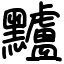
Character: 黸